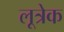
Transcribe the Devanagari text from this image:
लूत्रेक